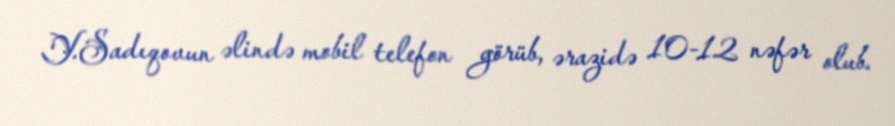
Y.Sadıqovun əlində mobil telefon görüb, ərazidə 10-12 nəfər olub.